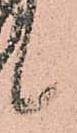
候